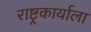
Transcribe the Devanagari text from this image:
राष्ट्रकार्याला